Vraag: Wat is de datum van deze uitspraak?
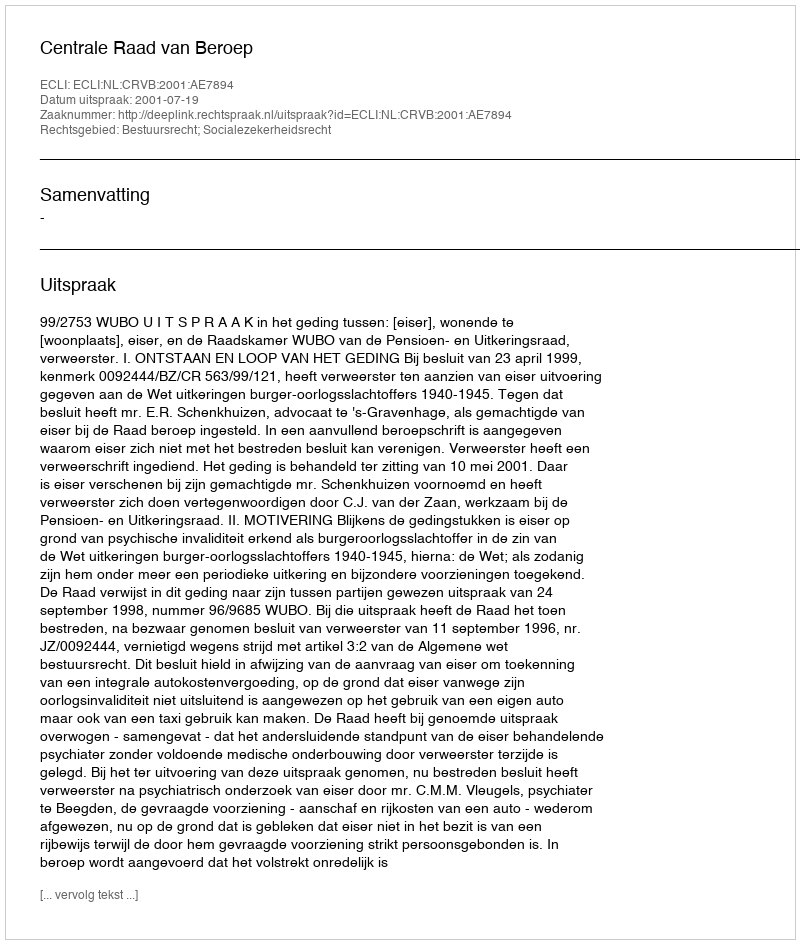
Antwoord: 2001-07-19